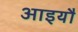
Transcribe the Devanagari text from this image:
आइयौ